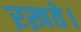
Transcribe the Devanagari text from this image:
ऱख़ते।